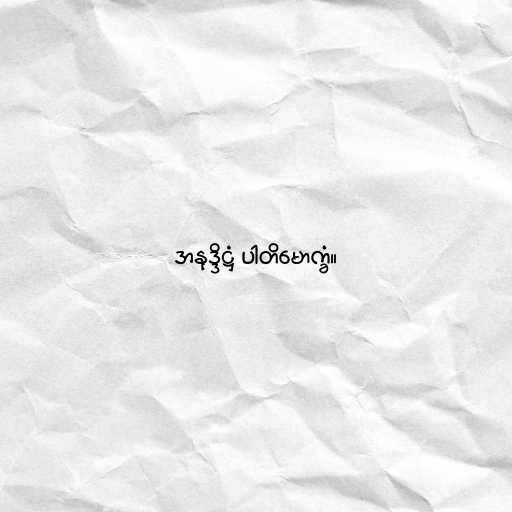
အနုဒ္ဒိဋ္ဌံ ပါတိမောက္ခံ။